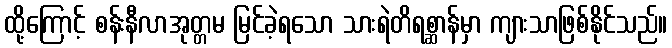
ထို့ကြောင့် စန်းနီလာအုတ္တမ မြင်ခဲ့ရသော သားရဲတိရစ္ဆာန်မှာ ကျားသာဖြစ်နိုင်သည်။